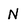
Character: N